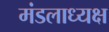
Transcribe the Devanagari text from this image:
मंडलाध्यक्ष